Virumaa_algkoolid, lk 5
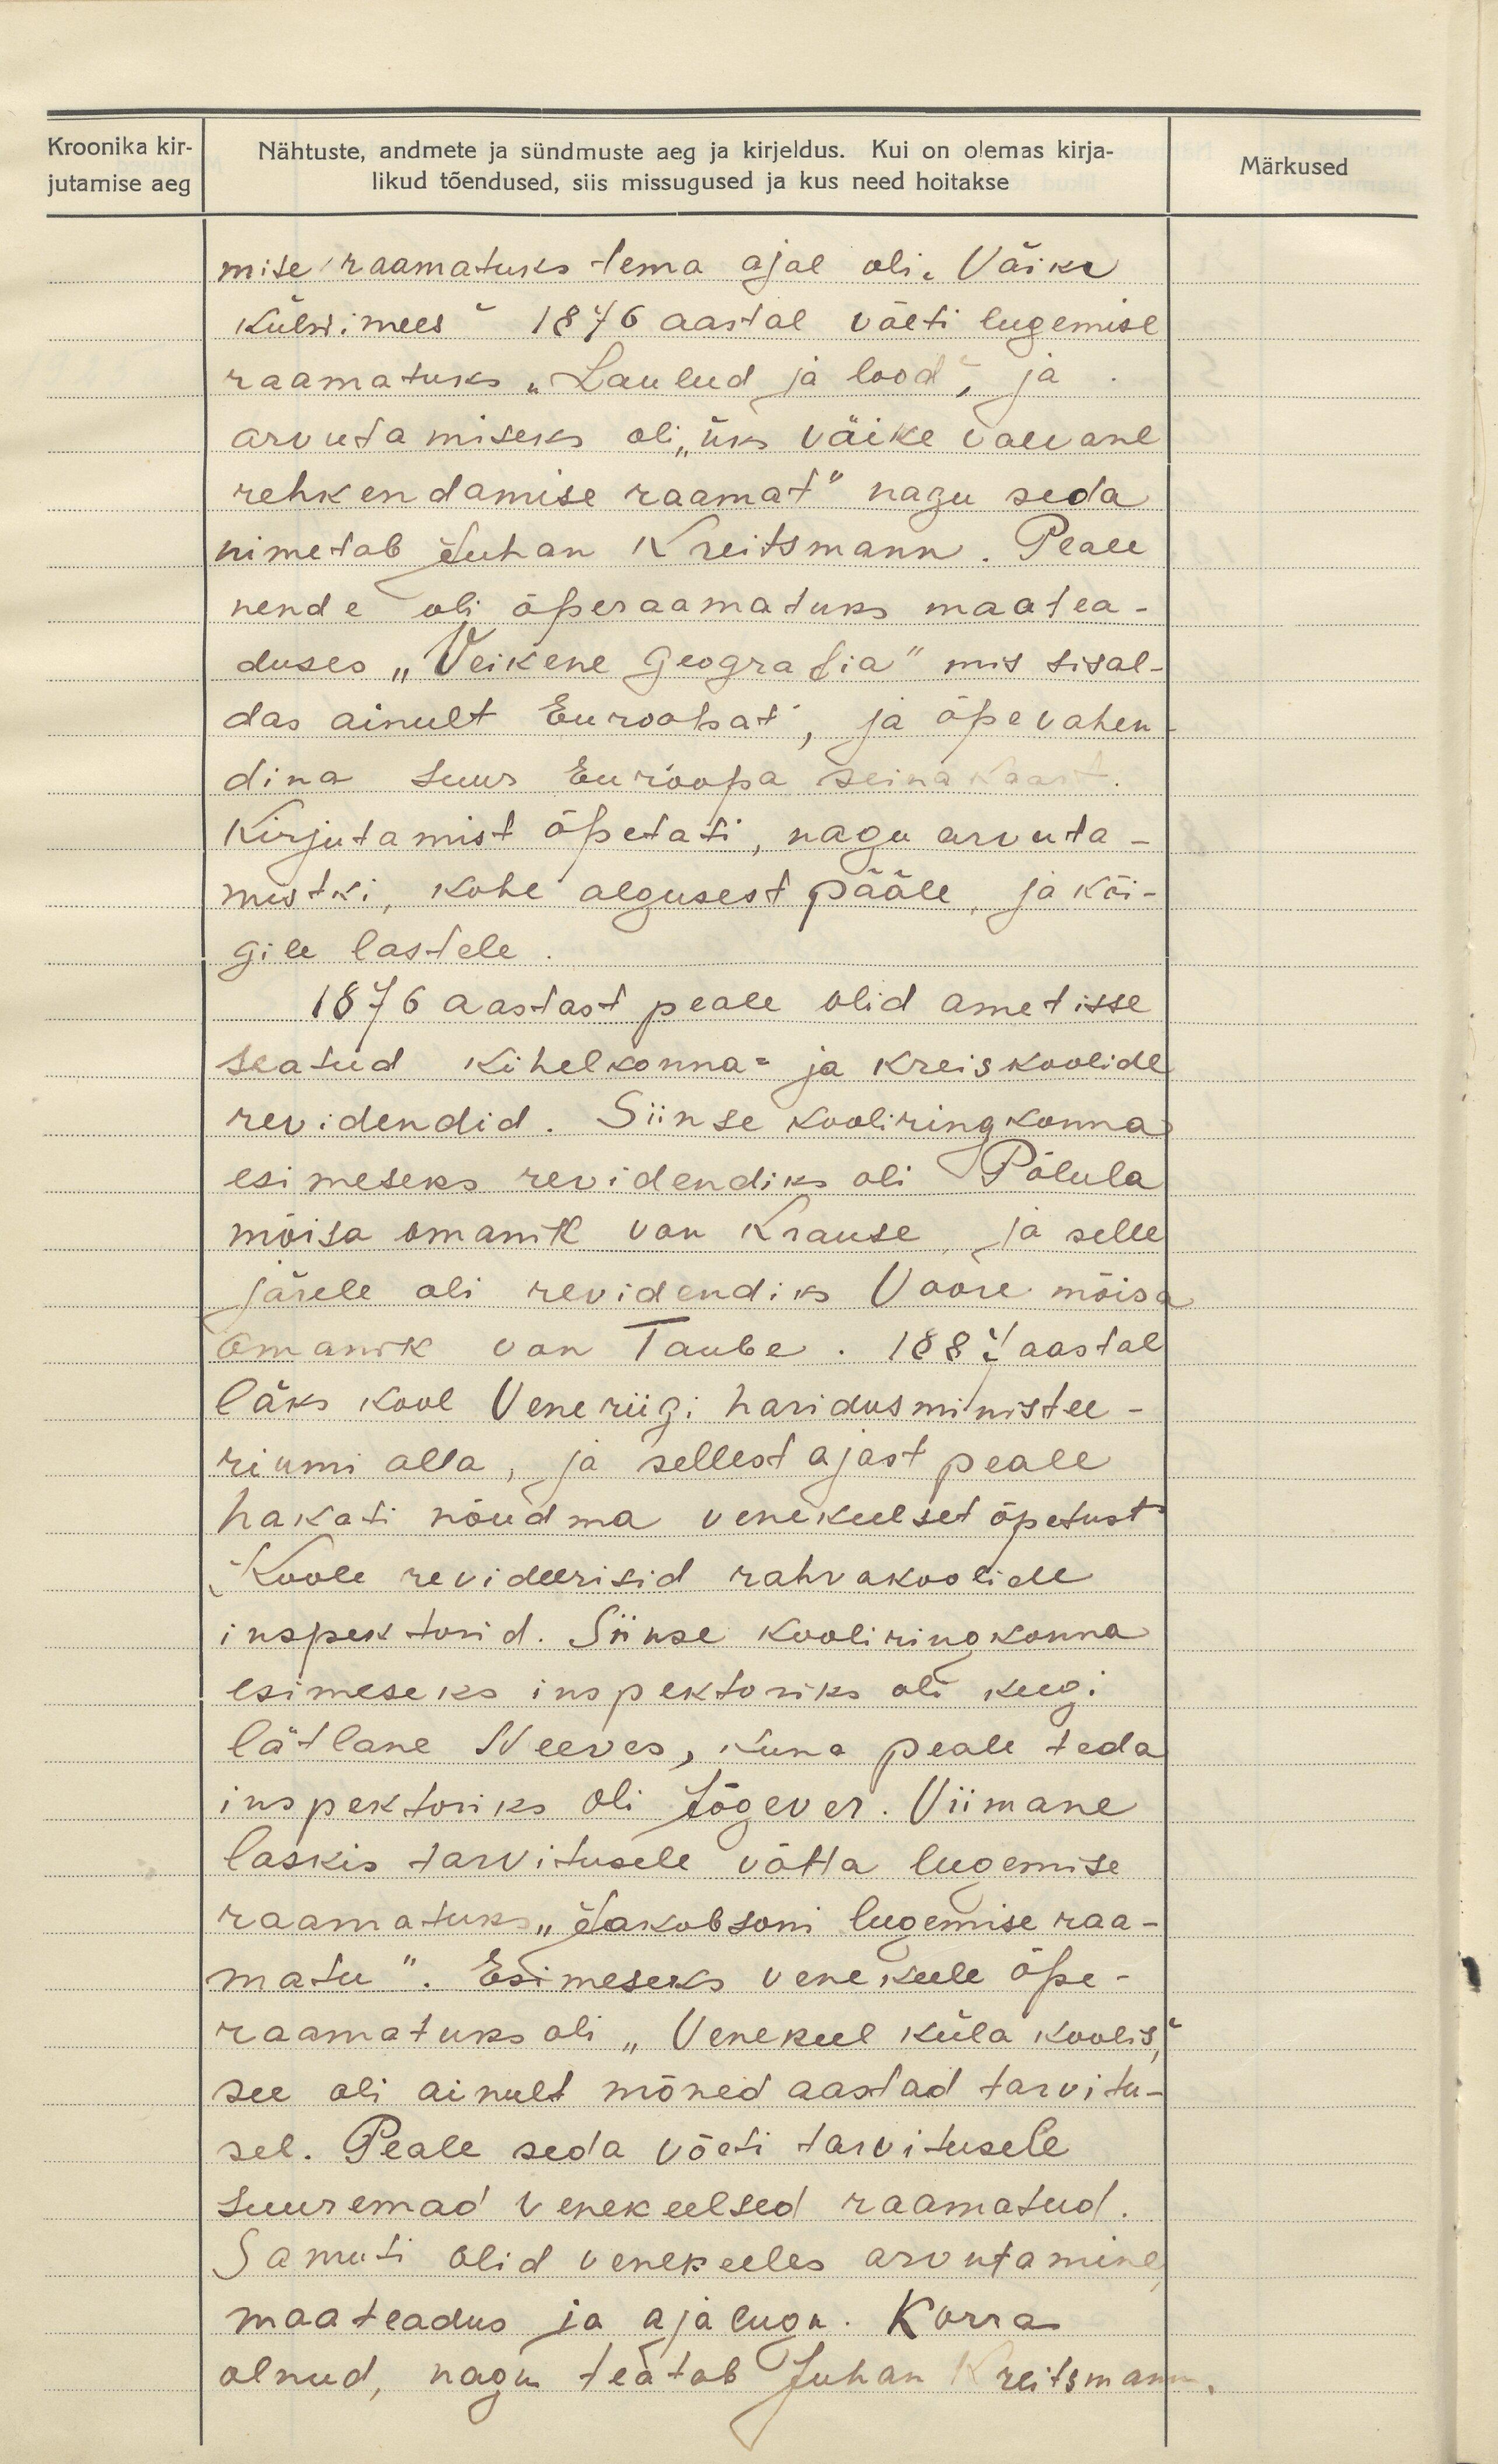
Kroonika kir-
jutamise aeg

Märkused

Nähtuste, andmete ja sündmuste aeg ja kirjeldus. Kui on olemas kirja-
likud tõendused, siis missugused ja kus need hoitakse
mise raamatuks tema ajal oli. "Väike
külwimees" 1876 aastal võeti lugemise
raamatuks "Laulud ja lood", ja
arvutamiseks oli, "üks väike vaevane
rehkendamise raamat" nagu seda
nimetab Juhan Kreitsmann. Peale
nende oli õperaamatuks maatea-
duses "Veikene Geografia" mis sisal-
das ainult Euroopat, ja õpevahen-
dina Suue Euroopa seina kaart.
Kirjutamist õpetati, nagu arvuta-
mistki, kohe algusest pääle, ja kõi-
gile lastele.
1876 aastast peale olid ametisse
seatud kihelkonna- ja kreiskoolide
revidendid. Siinse kooliringkonna
esimeseks revidendiks oli Põlula
mõisa omanik van Krause ja selle
järele oli revidendiks Voore mõisa
omanik van Taube. 1887 aastal
läks kool Vene riigi haridusministee-
riumi alla, ja sellest ajast peale
hakati nõudma venekeelset õpetust
Koole revideerisid rahvakoolide
inspektorid. Siinse kooliringkonna
esimeseks inspektoriks oli keegi
lätlane Neeves, kuna peale teda
inspektoriks oli Jõgever. Viimane
laskis tarvitusele võtta lugemise
raamatuks "Jakobsoni lugemise raa-
matu". Esimeseks Vene keele õpe-
raamatuks oli "Vene keel küla koolis"
see oli ainult mõned aastad tarvitu-
sel. Peale seda võeti tarvitusele
suuremad Venekeelsed raamatud.
Samuti olid venekeeles arvutamine
maateadus ja ajalugu. Korra
olnud, nagu teatab Juhan Kreitsman